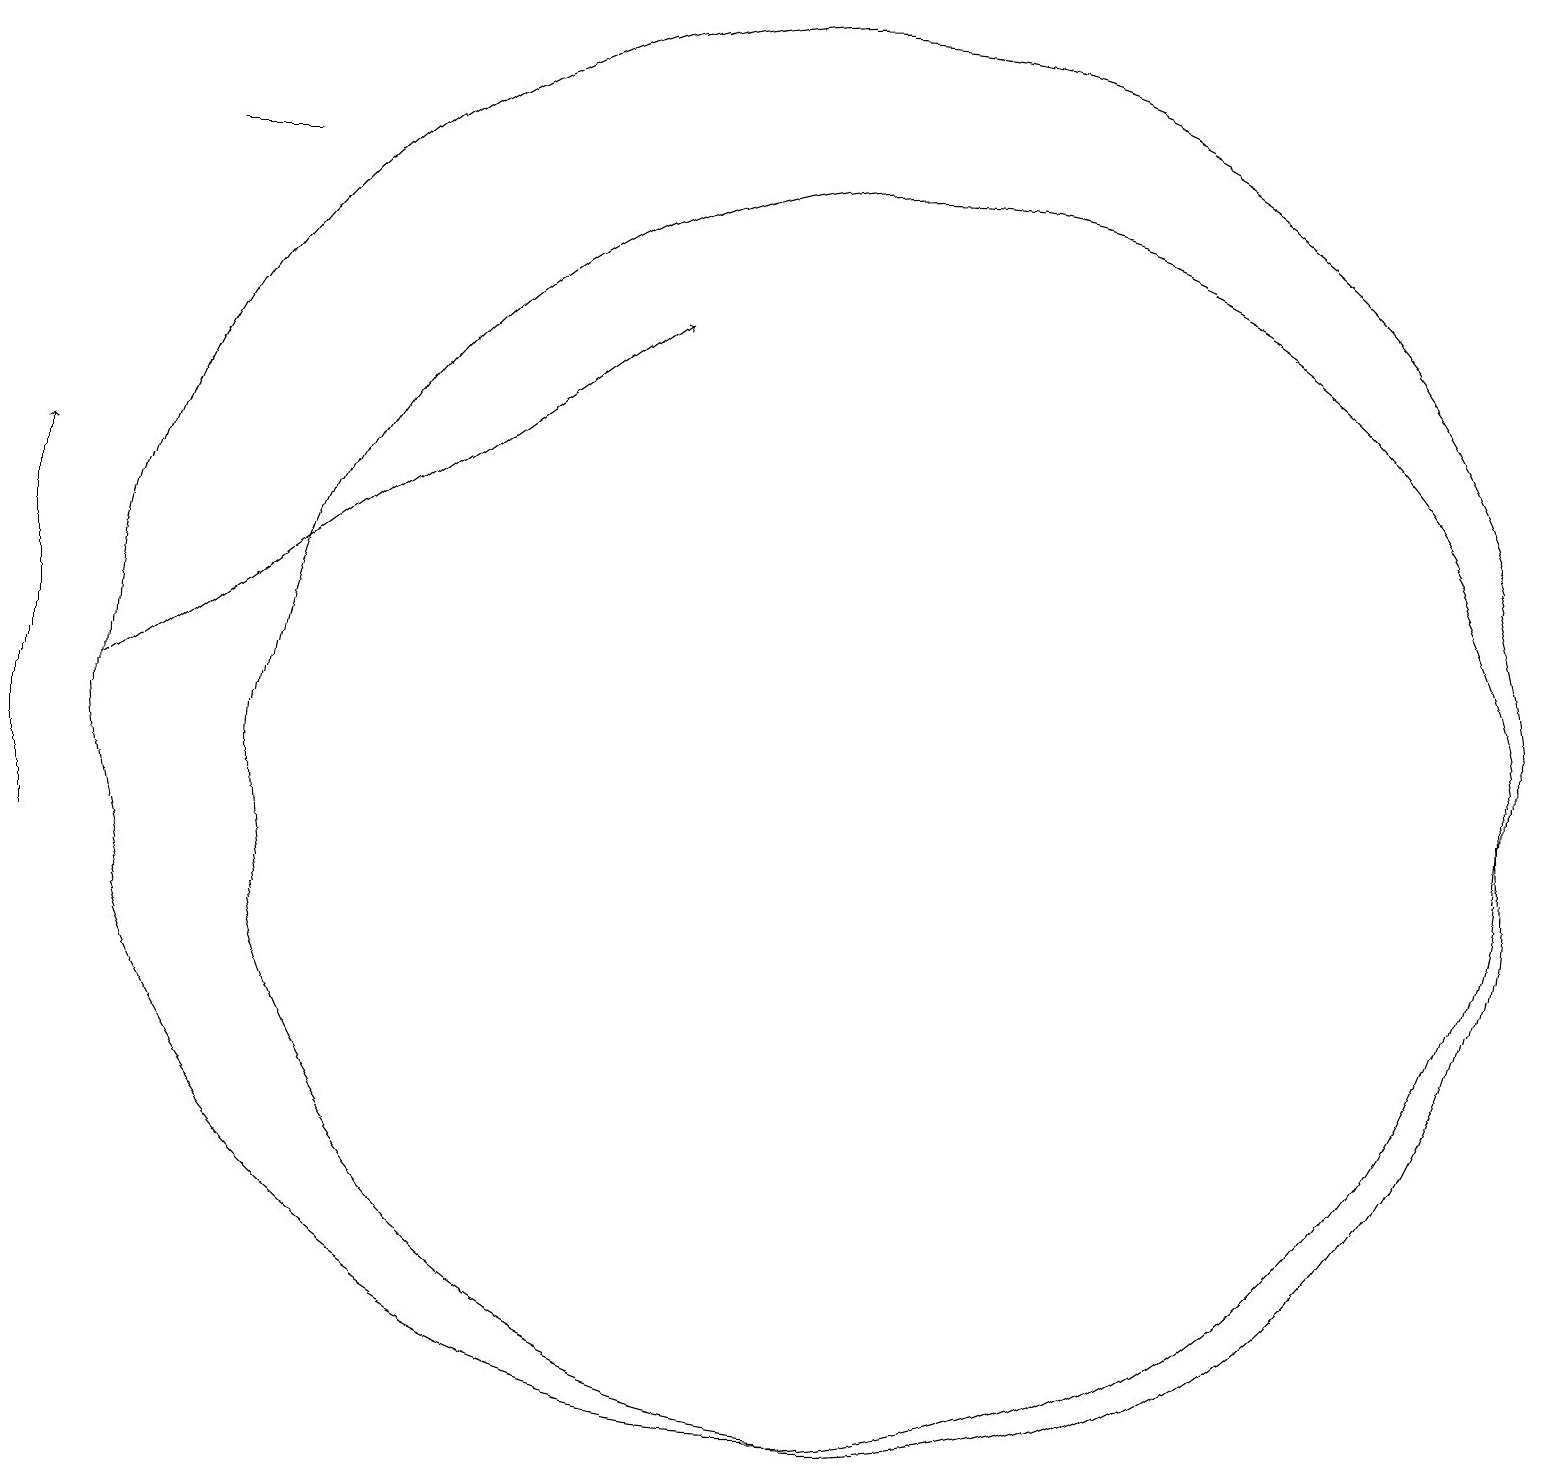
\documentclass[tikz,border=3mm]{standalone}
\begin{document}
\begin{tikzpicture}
\draw (2,19) rectangle (3,19);
\draw (10,12) circle (0);
\draw (11,11) circle (8);
\draw (10,12) circle (9);
\draw[->] (0,10) -- (0,15);
\draw[->] (1,12) -- (8,17);
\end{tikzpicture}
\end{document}